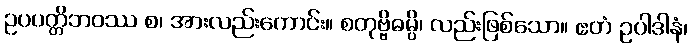
ဥပပတ္တိဘဝဿ စ၊ အားလည်းကောင်း။ စတုဗ္ဗိဓမ္ပိ၊ လည်းဖြစ်သော။ ဧတံ ဥပါဒါနံ၊